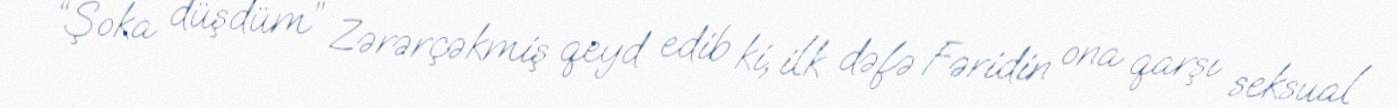
“Şoka düşdüm” Zərərçəkmiş qeyd edib ki, ilk dəfə Fəridin ona qarşı seksual